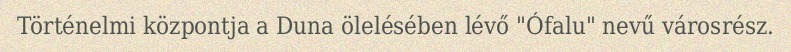
Történelmi központja a Duna ölelésében lévő "Ófalu" nevű városrész.